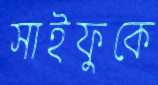
সাইফুকে